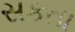
સકતા